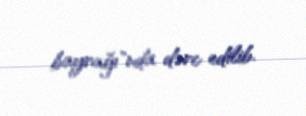
bayrağı"nda dərc edilib.